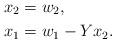
LaTeX: \begin{align*} x_2 &= w_2, \\ x_1 &= w_1-Yx_2.\end{align*}